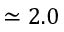
\simeq 2 . 0